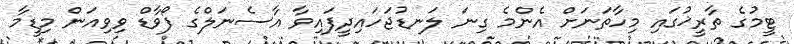
ޓީމުގެ ތާރީޚުގައި މިހާތަނަށް އެންމެ ގިނަ ލަނޑުޖަހައިދީފައިވާ އާސެނަލްގެ ފޯވާޑް ވިވިއަން މިޑީމާ